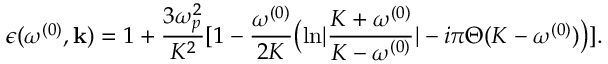
\epsilon ( \omega ^ { ( 0 ) } , { \bf k } ) = 1 + { \frac { 3 \omega _ { p } ^ { 2 } } { K ^ { 2 } } } [ 1 - { \frac { \omega ^ { ( 0 ) } } { 2 K } } \bigl ( { \ln } | { \frac { K + \omega ^ { ( 0 ) } } { K - \omega ^ { ( 0 ) } } } | - i \pi \Theta ( K - \omega ^ { ( 0 ) } ) \bigr ) ] .